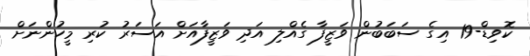
ކޮވިޑް-19 އިގެ ސަބަބުން ވަޒީފާ ގެއްލި އަދި ވަޒީފާއަށް އަސަރު ކުރި މީހުންނަށް